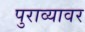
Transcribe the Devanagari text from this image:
पुराव्यावर